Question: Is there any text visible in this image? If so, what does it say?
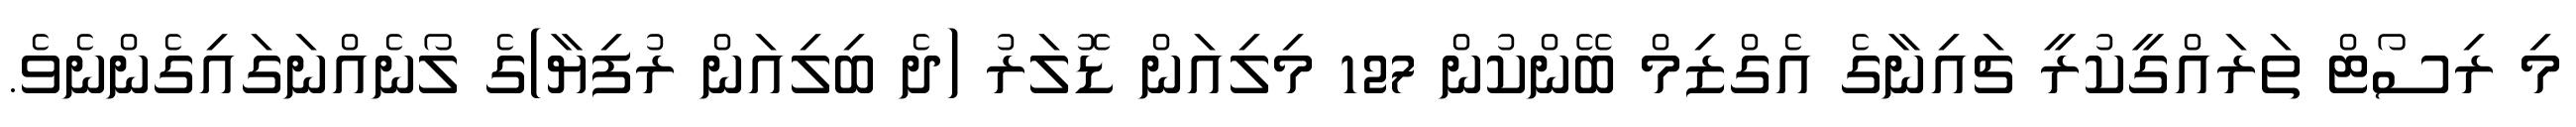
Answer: މި ރިސޯޓް ތަރައްގީކުރީ ޗައިނާގެ އެގްޒިމް ބޭންކުން 127 މިލިއަން ޑޮލަރު (ދެ ބިލިއަން ރުފިޔާ)ގެ ލޯނެއްނަގައިގެންނެވެ.